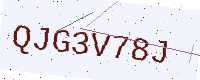
Text: QJG3V78J